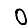
Digit: 0